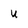
Character: U